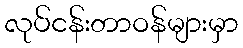
လုပ်ငန်းတာဝန်များမှာ